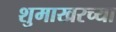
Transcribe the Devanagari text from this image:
शुमाखरच्या